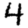
Digit: 4